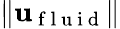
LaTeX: \| \mathbf{u}_{\mathrm{~f~l~u~i~d~}}\|